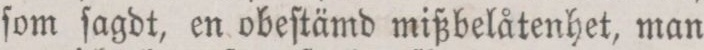
ſom ſagdt, en obeſtämd mißbelåtenhet, man